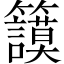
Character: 𥷺